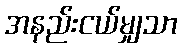
အနည်းငယ်မျှသာ